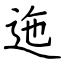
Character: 迤